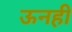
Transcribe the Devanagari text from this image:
ऊनही